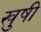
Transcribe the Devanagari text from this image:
खुषी